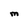
Character: M